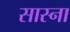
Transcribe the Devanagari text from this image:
सास्ना